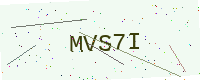
Text: MVS7I